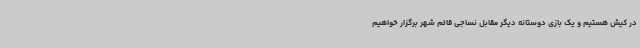
در کیش هستیم و یک بازی دوستانه دیگر مقابل نساجی قائم شهر برگزار خواهیم